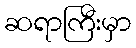
ဆရာကြီးမှာ